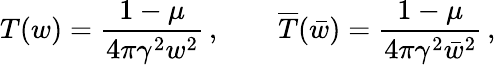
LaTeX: T(w)=\frac{1-\mu}{4\pi\gamma^{2}w^{2}}\, ,\qquad\overline{{{T}}}(\bar{w})=\frac{1-\mu}{4\pi\gamma^{2}\bar{w}^{2}}\, ,